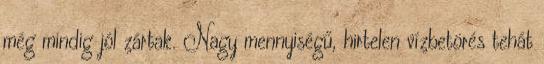
még mindig jól zártak. Nagy mennyiségű, hirtelen vízbetörés tehát